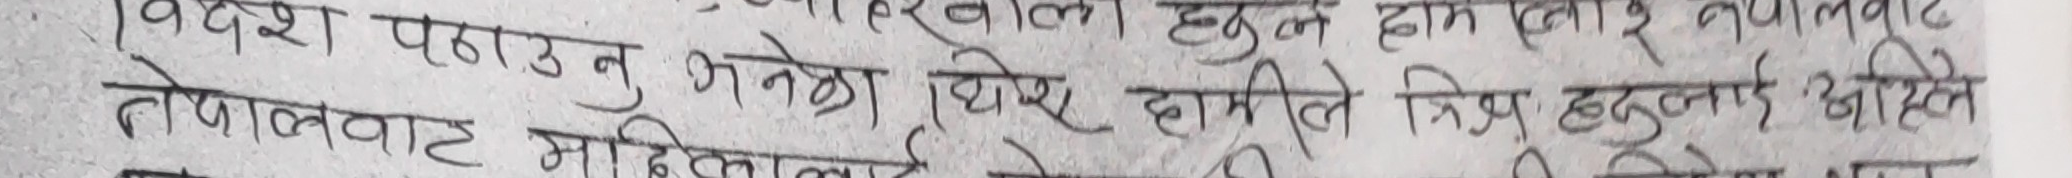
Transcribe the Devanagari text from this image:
विदेश पठाउनु भन्नेछ ।
नेपालबाट महिलालाई